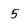
Character: 5